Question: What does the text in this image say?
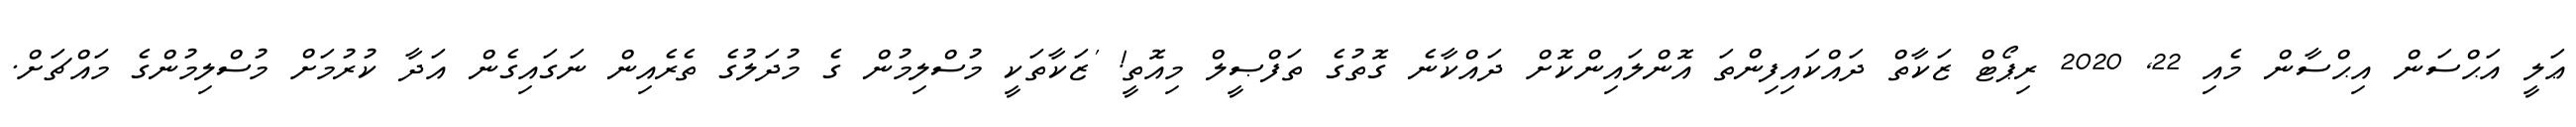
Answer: ޢަލީ އަޙްސަން އިޙްސާން މެއި 22, 2020 ރިޕޯޓް ޒަކާތް ދައްކައިފިންތަ އޮންލައިންކޮށް ދައްކާނެ ގޮތުގެ ތަފްޞީލް މިއޮތީ! 'ޒަކާތަކީ މުސްލިމުން ގެ މުދަލުގެ ތެރެއިން ނަގައިގެން އަދާ ކުރުމަށް މުސްލިމުންގެ މައްޗަށް.